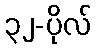
၃၂-ပိုလ်